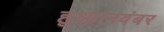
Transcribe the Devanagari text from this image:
हुआ।नवंबर